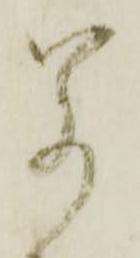
若